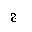
Letter: _gim